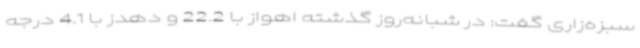
سبزه‌زاری گفت: در شبانه‌روز گذشته اهواز با 22.2 و دهدز با 4.1 درجه